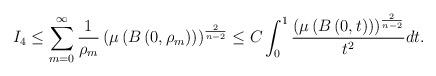
LaTeX: \begin{align*}I_4\le \sum ^{\infty }_{m=0}\dfrac {1}{\rho _{m}}\left( \mu \left( B\left( 0,\rho _{m}\right) \right) \right) ^{\frac2{n-2}}\leq C\int ^{1}_{0}\dfrac {\left( \mu \left( B\left( 0,t\right) \right) \right) ^{\frac2{n-2}}}{t^{2}}dt.\end{align*}